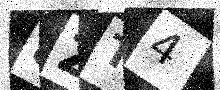
Text: 8ZT4